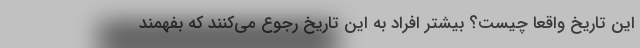
این تاریخ واقعا چیست؟ بیشتر افراد به این تاریخ رجوع می‌کنند که بفهمند